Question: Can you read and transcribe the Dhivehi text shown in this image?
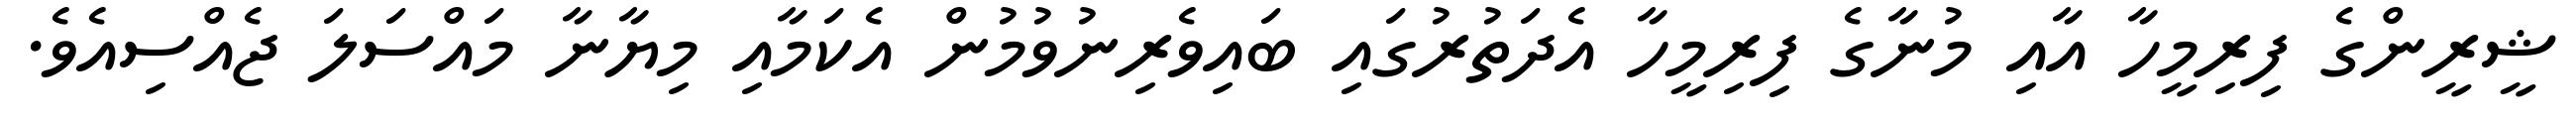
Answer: ޝީރީންގެ ފިރިމީހާ އާއި މުނާގެ ފިރިމީހާ އެދަތުރުގައި ބައިވެރިނުވުމުން އެކަމާއި މިޔާނާ މައްސަލަ ޖެއްސިއެވެ.